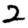
Digit: 2